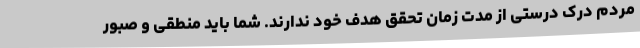
مردم درک درستی از مدت زمان تحقق هدف خود ندارند. شما باید منطقی و صبور